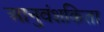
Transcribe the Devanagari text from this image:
आनुवंशकिता